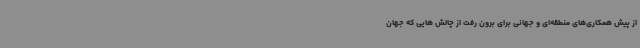
از پیش همکاری‌های منطقه‌ای و جهانی برای برون رفت از چالش هایی که جهان